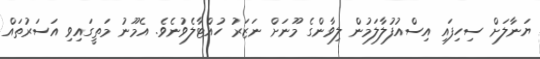
ޔަނާލަށް ސިހިފައި އިސްއުފުލާލަމުން ލިވާންގެ މޫނަށް ނަޒަރު ހުއްޓާލެވުނެވެ. އެމޫނު މަތީގައިވި އަސަރުތައް